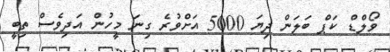
ވޯލްޑް ކަޕް ބަލަން ދިޔަ 5000 އަށްވުރެ ގިނަ މީހުން އަދިވެސް ތިބީ